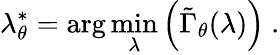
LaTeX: \lambda_{\theta}^{*}=\arg\operatorname*{min}_{\lambda}\left(\tilde{\Gamma}_{\theta}(\lambda)\right)~.